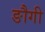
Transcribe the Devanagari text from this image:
ङौगी